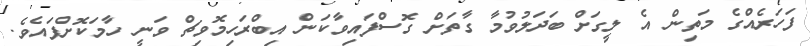
ފަހަރެއްގެ މަތިން އެ ލީގަށް ބަދަލުވުމާ ގާތަށް ގޮސްފައިވާކަން އިބްރަހިމޮވިޗް ވަނީ ހާމަކޮށްފައެވެ.